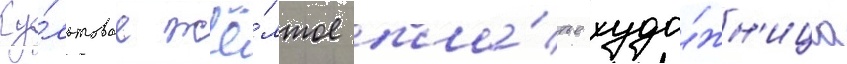
Ку́льтовое жё́лтое пла́тье худо́жн'ица